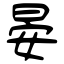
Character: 晏